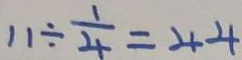
1 1 \div \frac { 1 } { 4 } = 4 4